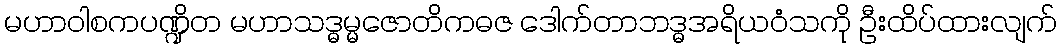
မဟာဝါစကပဏ္ဍိတ မဟာသဒ္ဓမ္မဇောတိကဓဇ ဒေါက်တာဘဒ္ဓအရိယဝံသကို ဦးထိပ်ထားလျက်